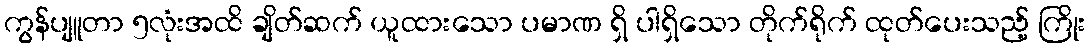
ကွန်ပျူတာ ၅လုံးအထိ ချိတ်ဆက် ယူထားသော ပမာဏ ရှိ ပါရှိသော တိုက်ရိုက် ထုတ်ပေးသည့် ကြိုး